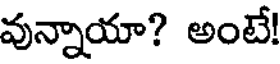
వున్నాయా? అంటే!